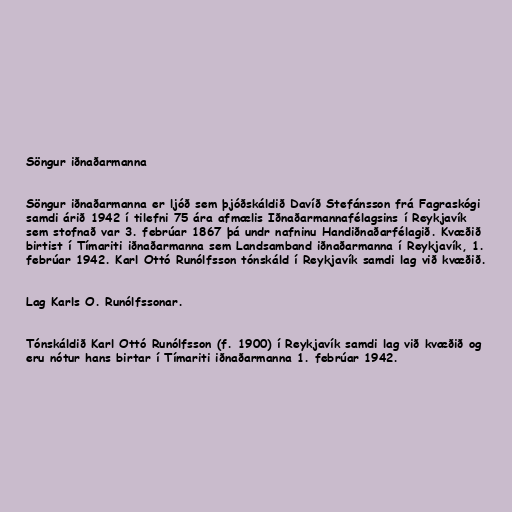
Söngur iðnaðarmanna

Söngur iðnaðarmanna er ljóð sem þjóðskáldið Davíð Stefánsson frá Fagraskógi
samdi árið 1942 í tilefni 75 ára afmælis Iðnaðarmannafélagsins í Reykjavík
sem stofnað var 3. febrúar 1867 þá undr nafninu Handiðnaðarfélagið. Kvæðið
birtist í Tímariti iðnaðarmanna sem Landsamband iðnaðarmanna í Reykjavík, 1.
febrúar 1942. Karl Ottó Runólfsson tónskáld í Reykjavík samdi lag við kvæðið.

Lag Karls O. Runólfssonar.

Tónskáldið Karl Ottó Runólfsson (f. 1900) í Reykjavík samdi lag við kvæðið og
eru nótur hans birtar í Tímariti iðnaðarmanna 1. febrúar 1942.